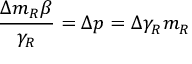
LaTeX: \frac { \Delta m _ { R } \beta } { \gamma _ { R } } = \Delta p = \Delta \gamma _ { R } m _ { R }